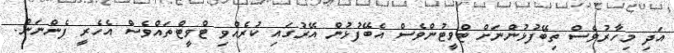
އަދި މިހާރުވެސް ތިބޭފުޅުންނަށް ޓްވީޓުންވެސް އެބޭފުޅުން އޭރުގައި ކުރެއްވި ޓްވީޓްތައްވެސް އެހެެރީ ފެންނަން.